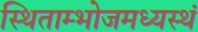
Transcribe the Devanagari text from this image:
स्थिताम्भोजमध्यस्थं